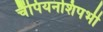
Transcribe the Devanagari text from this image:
चैंपियनशिपभी